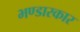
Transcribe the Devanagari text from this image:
भण्डारकार